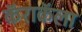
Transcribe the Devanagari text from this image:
कॅराकॅला